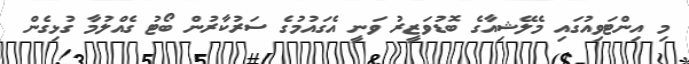
މި އިންޓަވިއުގައި މެލޭޝިއާގެ ބޮޑުވަޒީރު ވަނީ އެގައުމުގެ ސަރުކާރުން ބޯޓު ގެއްލުމާ ގުޅިގެން